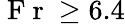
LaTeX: \mathrm{~F~r~}\ge 6.4